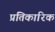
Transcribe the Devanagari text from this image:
प्रतिकारिक